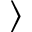
\rangle